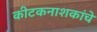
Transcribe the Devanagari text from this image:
कीटकनाशकांचे